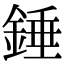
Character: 錘